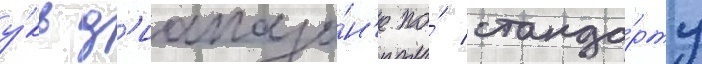
у́кв д'иапазо́н'е по́ станда́рту